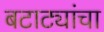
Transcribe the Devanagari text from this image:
बटाट्यांचा